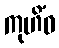
ကုဟိံဝ